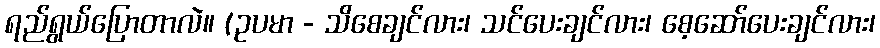
ရည်ရွယ်ပြောတာလဲ။ (ဥပမာ - သိစေချင်လား၊ သင်ပေးချင်လား၊ စေ့ဆော်ပေးချင်လား၊